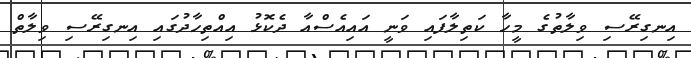
އިނގިރޭސި ވިލާތުގެ މީހާ ކަތިލާފައި ވަނީ އައިއެސްއާ ދެކޮޅު އިއްތިހާދުގައި އިނގިރޭސި ވިލާތް